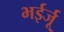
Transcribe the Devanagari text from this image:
भईर्जू